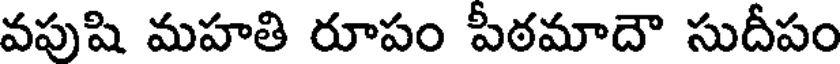
వపుషి మహతి రూపం పీఠమాదౌ సుదీపం